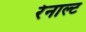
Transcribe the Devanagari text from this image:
रेनाल्ट